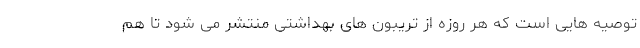
توصیه هایی است که هر روزه از تریبون های بهداشتی منتشر می شود تا هم